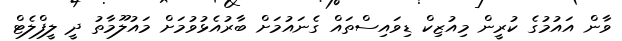
ވާން އައުމުގެ ކުރީން މިއުޒިކް ޑިވައިސްތައް ގެނައުމަށް ބާރުއެޅުވުމަށް މައުލޫމާތު ދީ ލީފްލެޓް